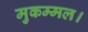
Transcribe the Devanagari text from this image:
मुकम्मल।